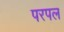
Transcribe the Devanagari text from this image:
परपल